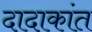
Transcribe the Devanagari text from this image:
दादाकांत